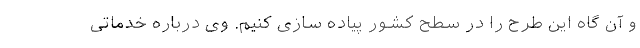
و آن گاه این طرح را در سطح کشور پیاده سازی کنیم. وی درباره خدماتی